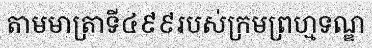
តាមមាត្រាទី៤៩៩របស់ក្រមព្រហ្មទណ្ឌ